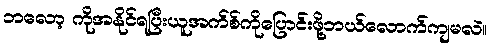
ဘလော့ ကိုအနိုင်ရပြီးယူအက်စ်ကိုပြောင်းဖို့ဘယ်လောက်ကျမလဲ။